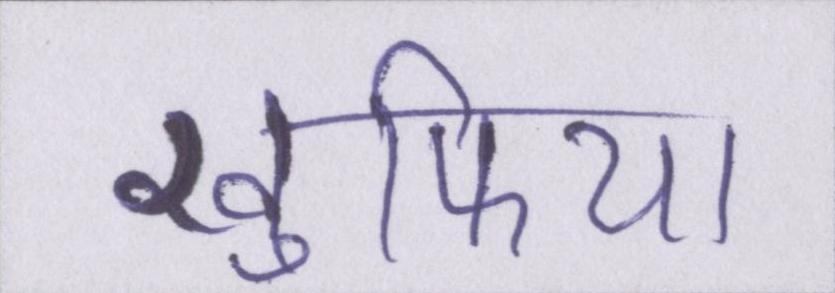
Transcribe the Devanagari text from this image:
खुफिया